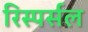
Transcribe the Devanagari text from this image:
रिस्पर्सल